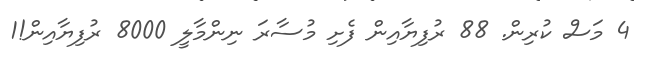
4 މަސް ކުރިން. 88 ރުފިޔާއިން ފެށި މުސާރަ ނިންމާލީ 8000 ރުފިޔާއިން!1